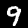
Label: 9